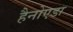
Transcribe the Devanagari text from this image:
हैनोएडा